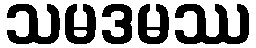
သမဒမဿ